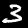
Label: 3